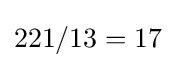
221/13=17